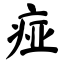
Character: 痖